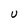
Character: U